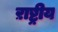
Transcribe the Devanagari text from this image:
ऱाष्ट्रीय